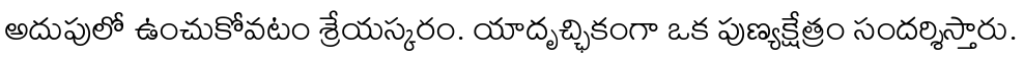
అదుపులో ఉంచుకోవటం శ్రేయస్కరం. యాదృచ్ఛికంగా ఒక పుణ్యక్షేత్రం సందర్శిస్తారు.